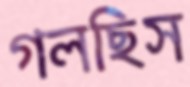
গলছিস